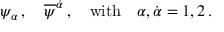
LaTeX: \psi _ { \alpha } \, , \quad { \overline { { \psi } } } ^ { \dot { \alpha } } \, , \quad \mathrm { w i t h } \quad \alpha , { \dot { \alpha } } = 1 , 2 \, .